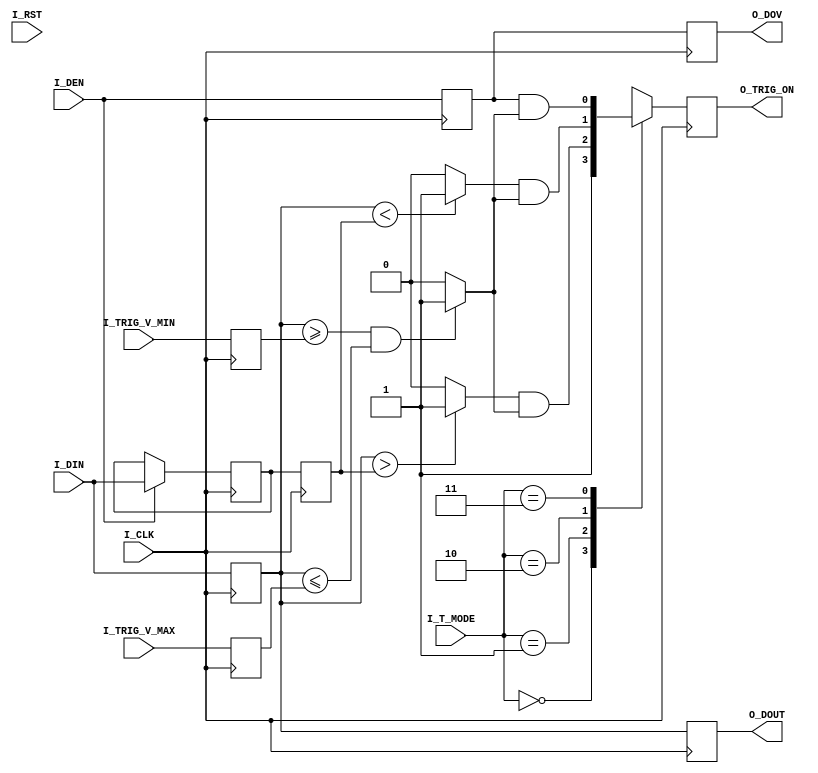
`timescale 1ns / 1ps
//////////////////////////////////////////////////////////////////////////////////
// Company: 
// Engineer: 
// 
// Design Name: 
// Module Name: trigger_module
// Project Name: 
// Target Devices: 
// Tool Versions: 
// Description: 
// 
// Dependencies: 
// 
// Revision:
// Revision 0.01 - File Created
// Additional Comments:
// 
//////////////////////////////////////////////////////////////////////////////////


module trigger(
  I_CLK           ,   // clock, posedge valid
  I_RST           ,   // reset, high level reset
  I_DIN           ,
  I_DEN           ,
  I_TRIG_V_MAX    ,   // trigger range max value 
  I_TRIG_V_MIN    ,   // trigger range min value 
  I_T_MODE        ,   // trigger mode 00 free trig , 01 value inc trig,  10 value dec trig, 11 value trig both inc or dec
  O_DOUT          ,
  O_DOV           ,
  O_TRIG_ON       );     

parameter  DWL = 8;
localparam DMAX = (1 << DWL) - 1;

input            I_CLK         ;
input            I_RST         ;

input  [DWL-1:0] I_DIN           ;
input            I_DEN           ;
input  [2-1:0]   I_T_MODE        ;
input  [DWL-1:0] I_TRIG_V_MAX    ;
input  [DWL-1:0] I_TRIG_V_MIN    ;
output [DWL-1:0] O_DOUT          ;
output           O_DOV           ;
output           O_TRIG_ON       ;



reg   [DWL-1:0] din_Z1R            ; // previous din
reg   [DWL-1:0] din_d1R, din_d2R, din_Z1d1R ; 
reg             den_d1R, den_d2R            ;
reg   [DWL-1:0] t_v_max_R, t_v_min_R;
reg  W_trig_on;
reg  W_in_trig_range, W_din_increase, W_din_decrease;
reg  O_TRIG_ON;


assign O_DOUT = din_d2R;
assign O_DOV  = den_d2R;

// pipeline design
// I_DIN | din_d1R, din_Z1d1R | din_d2R
// I_DEN | den_d1R            | den_d2R
//       | W_in_trig_range    | O_DOUT   
//       | W_din_increase     | O_DOV    
//       | W_din_decrease     | O_TRIG_ON
//       | W_trig_on          |

always @ (posedge I_CLK ) begin
    t_v_max_R <= I_TRIG_V_MAX ;
    t_v_min_R <= I_TRIG_V_MIN ;
    din_d1R <= I_DIN;
    den_d1R <= I_DEN;
    din_d2R <= din_d1R;
    den_d2R <= den_d1R;
    O_TRIG_ON <= W_trig_on;
    din_Z1d1R <= din_Z1R;
    if(I_DEN) din_Z1R <= I_DIN;
end // always

always @ (*) begin
  if((din_d1R >= t_v_min_R) && (din_d1R <= t_v_max_R)) begin
    W_in_trig_range = 1'b1;
  end
  else begin
    W_in_trig_range = 1'b0;
  end
  if(din_d1R > din_Z1d1R) W_din_increase = 1'b1; else W_din_increase = 1'b0;
  if(din_d1R < din_Z1d1R) W_din_decrease = 1'b1; else W_din_decrease = 1'b0;
  // trigger mode 00 free trig , 01 value inc trig,  10 value dec trig, 11 value trig both inc or dec
  case (I_T_MODE)
    2'b00:  begin W_trig_on = 1'b1; end
    2'b01:  begin W_trig_on = (W_din_increase && W_in_trig_range); end
    2'b10:  begin W_trig_on = (W_din_decrease && W_in_trig_range); end
    2'b11:  begin W_trig_on = (den_d1R && W_in_trig_range) ; end
  endcase
end // always
endmodule // module